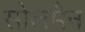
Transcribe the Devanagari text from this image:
सोलमैन